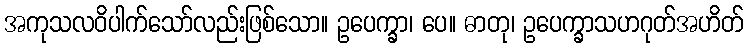
အကုသလဝိပါက်သော်လည်းဖြစ်သော။ ဥပေက္ခာ၊ ပေ။ ဓာတု၊ ဥပေက္ခာသဟဂုတ်အဟိတ်